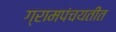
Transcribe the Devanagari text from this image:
ग्रामपंचयतीत